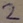
Text: 2